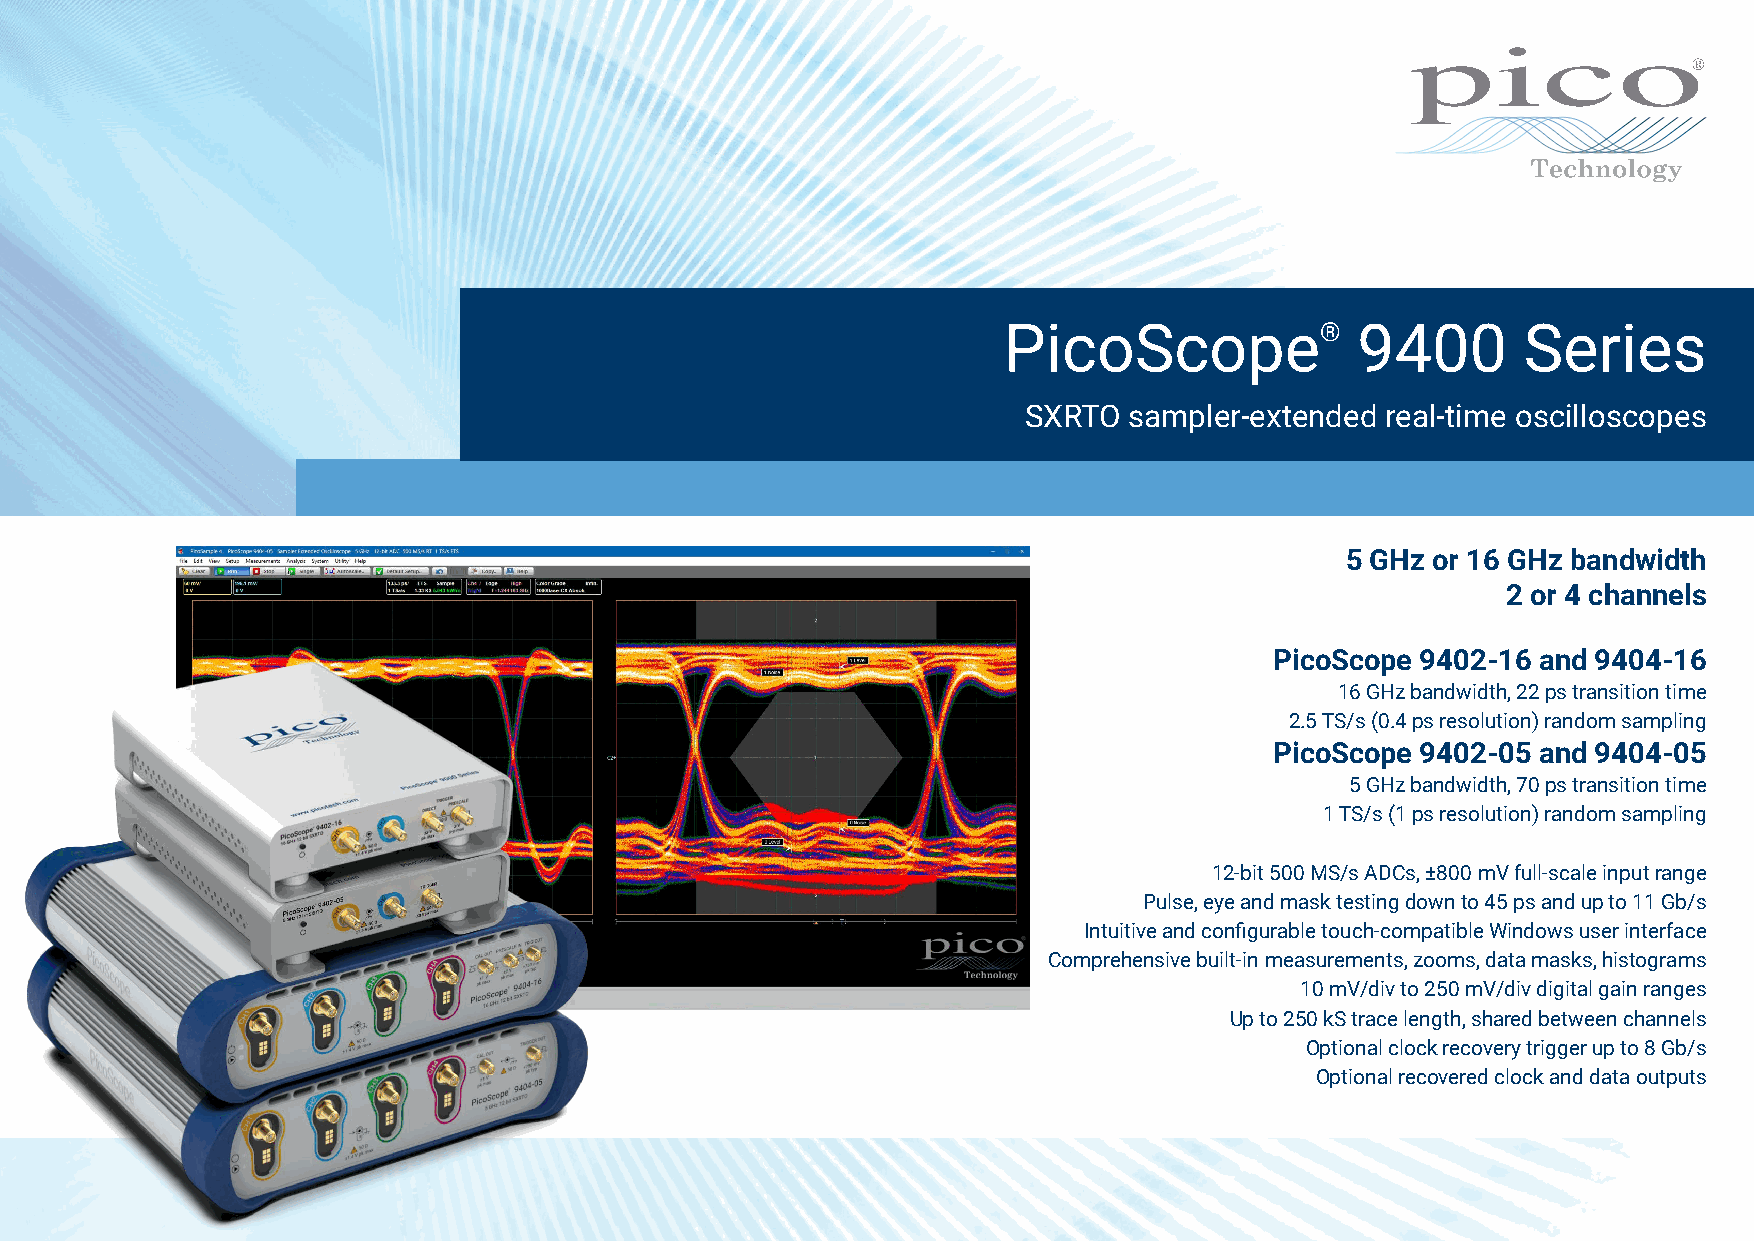
PicoScope®              9400       Series
 SXRTO  sampler-extended real-time oscilloscopes
 5 GHz or 16 GHz bandwidth
 2 or 4 channels
 PicoScope 9402-16 and 9404-16
 16 GHz bandwidth, 22 ps transition time
 2.5 TS/s (0.4 ps resolution) random sampling
 PicoScope 9402-05 and 9404-05
 5 GHz bandwidth, 70 ps transition time
 1 TS/s (1 ps resolution) random sampling
 12-bit 500 MS/s ADCs, ±800 mV full-scale input range
 Pulse, eye and mask testing down to 45 ps and up to 11 Gb/s
 Intuitive and configurable touch-compatible Windows user interface
 Comprehensive built-in measurements, zooms, data masks, histograms
 10 mV/div to 250 mV/div digital gain ranges
 Up to 250 kS trace length, shared between channels
 Optional clock recovery trigger up to 8 Gb/s
 Optional recovered clock and data outputs